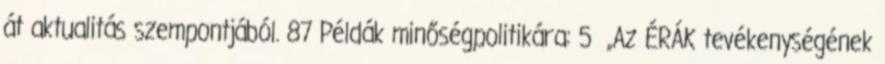
át aktualitás szempontjából. 87 Példák minőségpolitikára: 5 „Az ÉRÁK tevékenységének